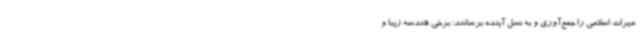
میراث اسلامی را جمع‌آوری و به نسل آینده برسانند؛ برخی هندسه زیبا و